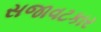
સજાવટકાર